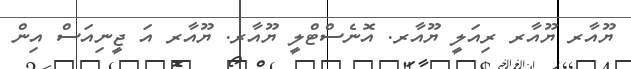
ޔޫއާރ ޔޫއާރ ރިއަލީ ޔޫއާރ. އޮނެސްޓްލީ ޔޫއާރ. ޔޫއާރ އަ ޖީނިއަސް އިން